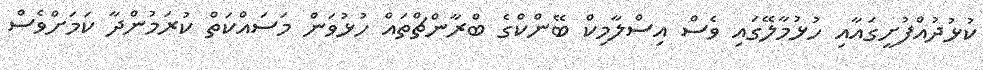
ކުޅުދުއްފުށީގައާއި ހުޅުމާލޭގައި ވެސް އިސްލާމިކް ބޭންކްގެ ބްރާންޗްތައް ހުޅުވަން މަސައްކަތް ކުރަމުންދާ ކަމަށްވެސް